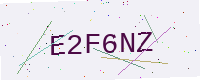
Text: E2F6NZ